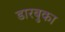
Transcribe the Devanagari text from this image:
डारबुका